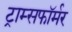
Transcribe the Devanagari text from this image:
ट्राम्सफॉर्मर